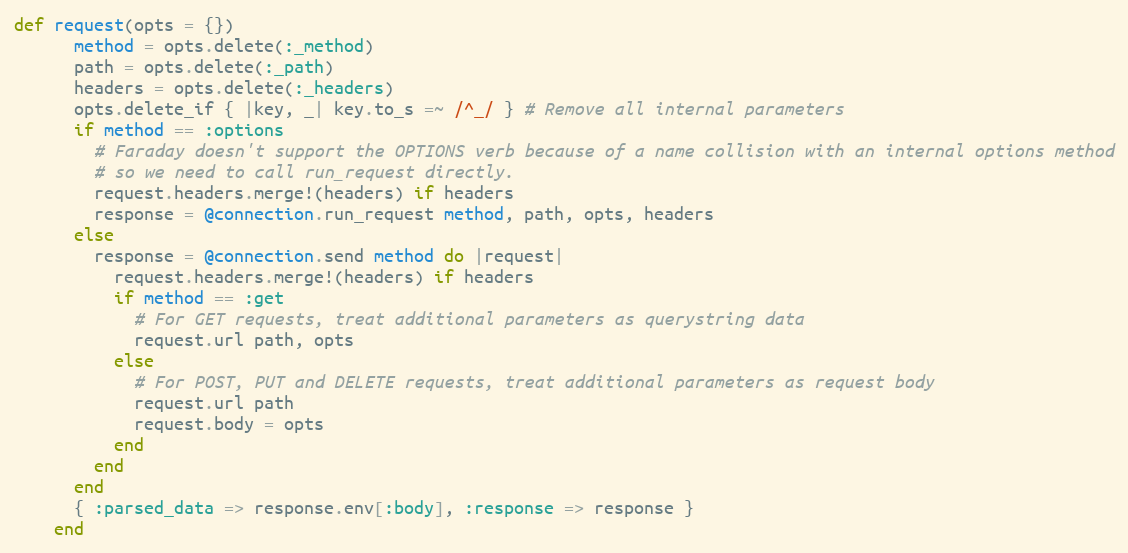
Language: Ruby
def request(opts = {})
      method = opts.delete(:_method)
      path = opts.delete(:_path)
      headers = opts.delete(:_headers)
      opts.delete_if { |key, _| key.to_s =~ /^_/ } # Remove all internal parameters
      if method == :options
        # Faraday doesn't support the OPTIONS verb because of a name collision with an internal options method
        # so we need to call run_request directly.
        request.headers.merge!(headers) if headers
        response = @connection.run_request method, path, opts, headers
      else
        response = @connection.send method do |request|
          request.headers.merge!(headers) if headers
          if method == :get
            # For GET requests, treat additional parameters as querystring data
            request.url path, opts
          else
            # For POST, PUT and DELETE requests, treat additional parameters as request body
            request.url path
            request.body = opts
          end
        end
      end
      { :parsed_data => response.env[:body], :response => response }
    end